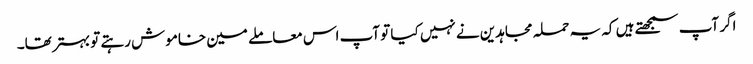
اگر آپ سمجھتے ہیں کہ یہ حملہ مجاہدین نے نہیں کیا تو آپ اس معاملے مین خاموش رہتے تو بہتر تھا۔